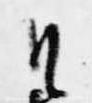
候